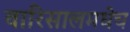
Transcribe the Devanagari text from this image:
बारिसालमधेच